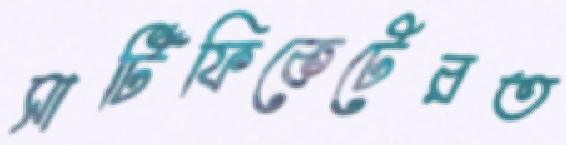
সার্টিফিকেটেরত